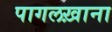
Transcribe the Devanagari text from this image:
पागलख़ाना